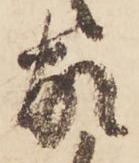
故